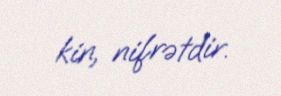
kin, nifrətdir.